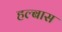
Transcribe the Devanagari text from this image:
हल्बास